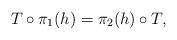
LaTeX: \begin{align*}T\circ \pi_1(h) = \pi_2(h) \circ T,\end{align*}